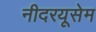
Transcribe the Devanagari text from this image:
नीदरयूसेम